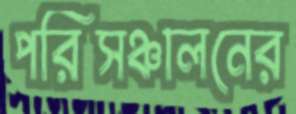
পরিসঞ্চালনের